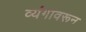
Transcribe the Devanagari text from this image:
व्यंगावरून